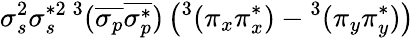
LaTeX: \sigma_{s}^{2}\sigma_{s}^{*2}{}\, ^{3}(\overline{{\sigma_{p}}}\overline{{\sigma_{p}^{*}}})\left(^3(\pi_{x}\pi_{x}^{*})-{}^{3}(\pi_{y}\pi_{y}^{*})\right)